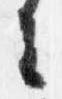
去